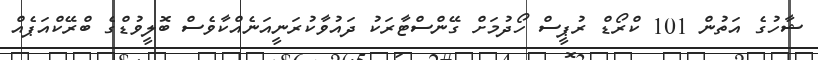
ޝާހުގެ އަތުން 101 ކްރޯޑް ރުޕީސް ހޯދުމަށް ގޭންސްޓާރަކު ދައުވާކުރަނީއަނެއްކާވެސް ބޮލީވުޑްގެ ބްރޭކްއަޕެއް